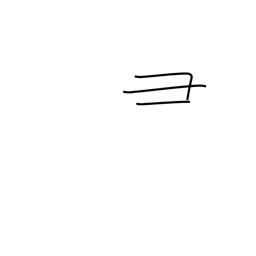
Meaning: pig's head radical (no. 58)